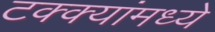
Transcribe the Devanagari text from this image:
टक्‍क्‍यांमध्ये